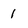
Character: 1